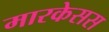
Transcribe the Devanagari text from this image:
मारकेसस